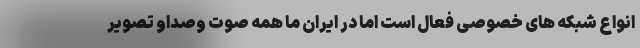
انواع شبکه های خصوصی فعال است اما در ایران ما همه صوت وصداو تصویر